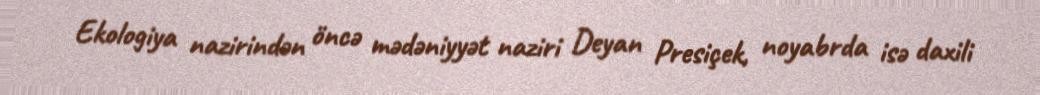
Ekologiya nazirindən öncə mədəniyyət naziri Deyan Presiçek, noyabrda isə daxili